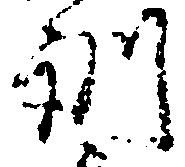
訓